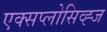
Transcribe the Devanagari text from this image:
एक्सप्लोसिव्ह्ज